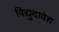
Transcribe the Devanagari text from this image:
विद्युदावेश